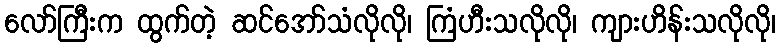
လော်ကြီးက ထွက်တဲ့ ဆင်အော်သံလိုလို၊ ကြံဟီးသလိုလို၊ ကျားဟိန်းသလိုလို၊